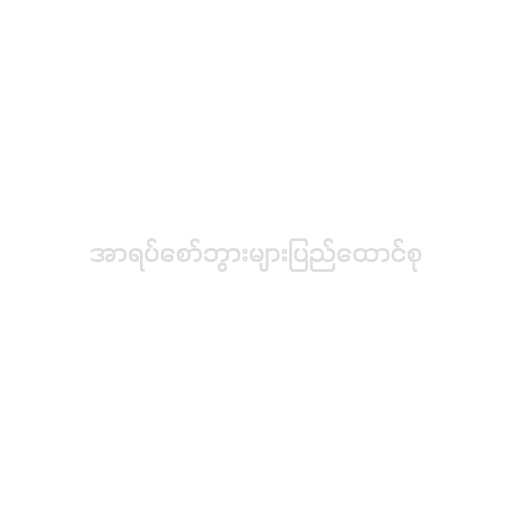
အာရပ်စော်ဘွားများပြည်ထောင်စု